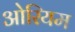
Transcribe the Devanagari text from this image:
ओरियम